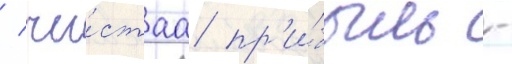
/ чи́стаа пр'и́быль -